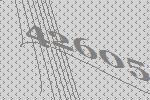
42605